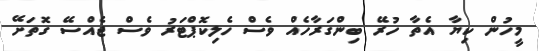
މީހުން ކިޔާ އެތާ ހުރޭ ބިންގަރާހެއް ވެސް ހެލިކޮޕްޓަރު ވެސް ޖެއްސޭ ގޮތަށޭ